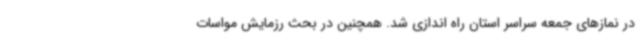
در نمازهای جمعه سراسر استان راه اندازی شد. همچنین در بحث رزمایش مواسات